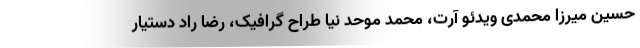
حسین میرزا محمدی ویدئو آرت، محمد موحد نیا طراح گرافیک، رضا راد دستیار